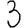
Digit: 3